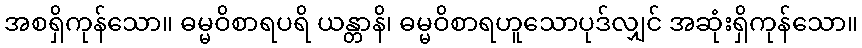
အစရှိကုန်သော။ ဓမ္မဝိစာရပရိ ယန္တာနိ၊ ဓမ္မဝိစာရဟူသောပုဒ်လျှင် အဆုံးရှိကုန်သော။